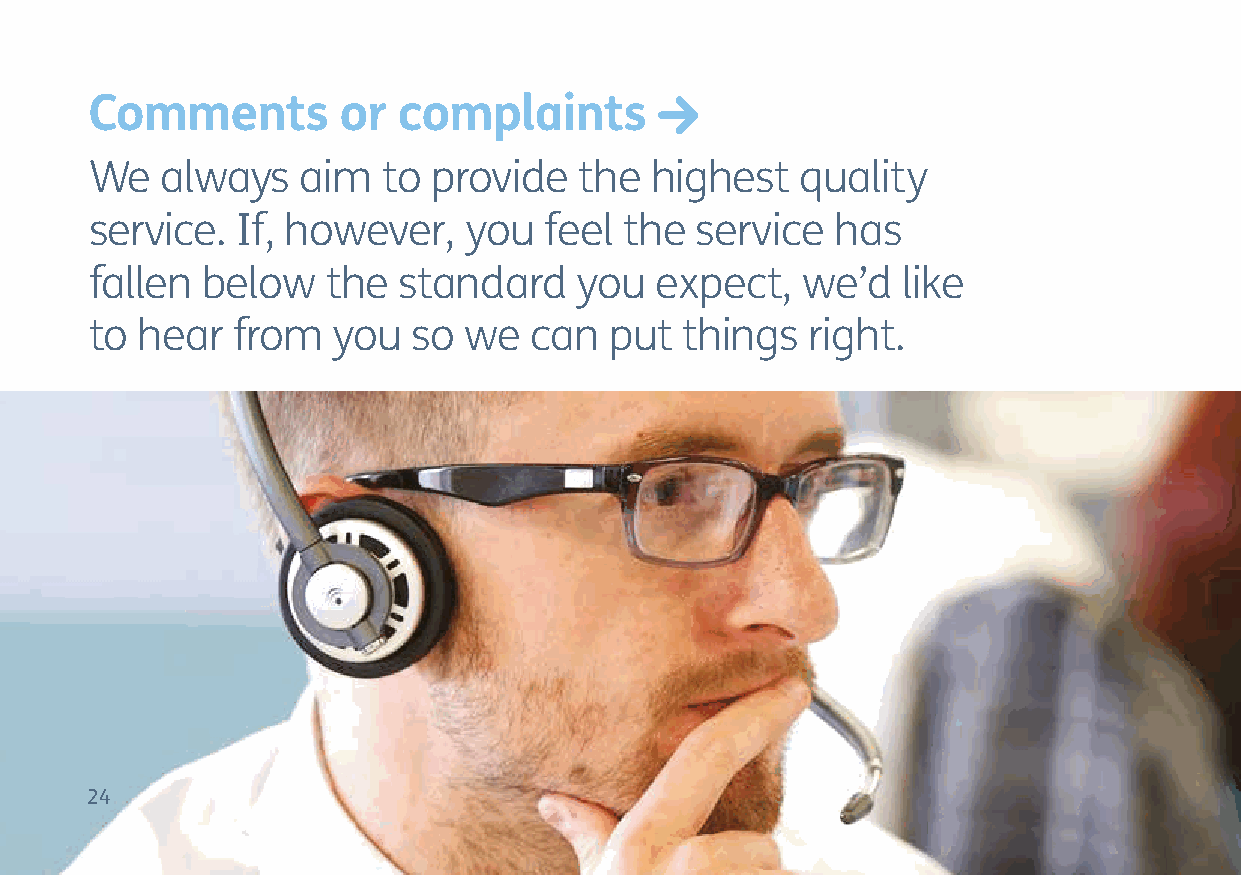
Comments        or  complaints
 We   always   aim  to  provide  the  highest   quality
 service.  If, however,   you  feel the  service  has
 fallen below    the standard    you  expect,   we’d   like
 to hear  from   you  so  we  can  put  things  right.
 24